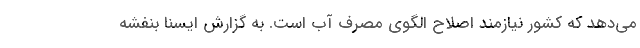
می‌دهد که کشور نیازمند اصلاح الگوی مصرف آب است. به گزارش ایسنا بنفشه